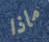
ماذا